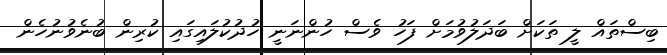
ބިސްތައް ލީ ތަކަށް ބަދަލުވުމަށް ފަހު ވެސް ހުންނަނީ ހުދުކުލައިގައި ކުރިން ބުނެވުނުހެން